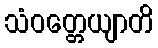
သံဝတ္တေယျာတိ